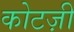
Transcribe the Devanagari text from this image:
कोटज़ी